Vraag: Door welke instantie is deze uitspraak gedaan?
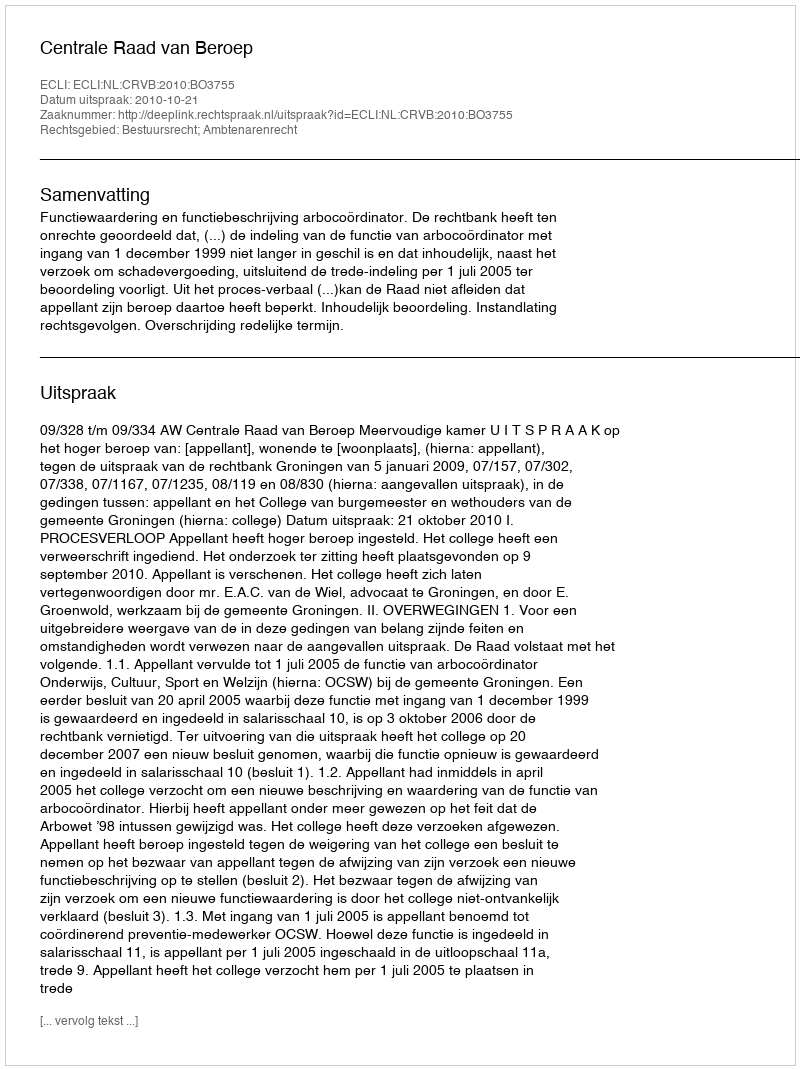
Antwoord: Centrale Raad van Beroep